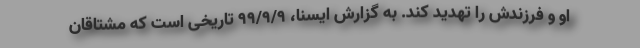
او و فرزندش را تهدید کند. به گزارش ایسنا، ۹۹/۹/۹ تاریخی است که مشتاقان